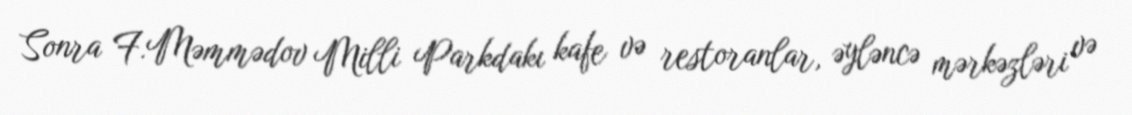
Sonra F.Məmmədov Milli Parkdakı kafe və restoranlar, əyləncə mərkəzləri və